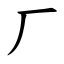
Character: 厂